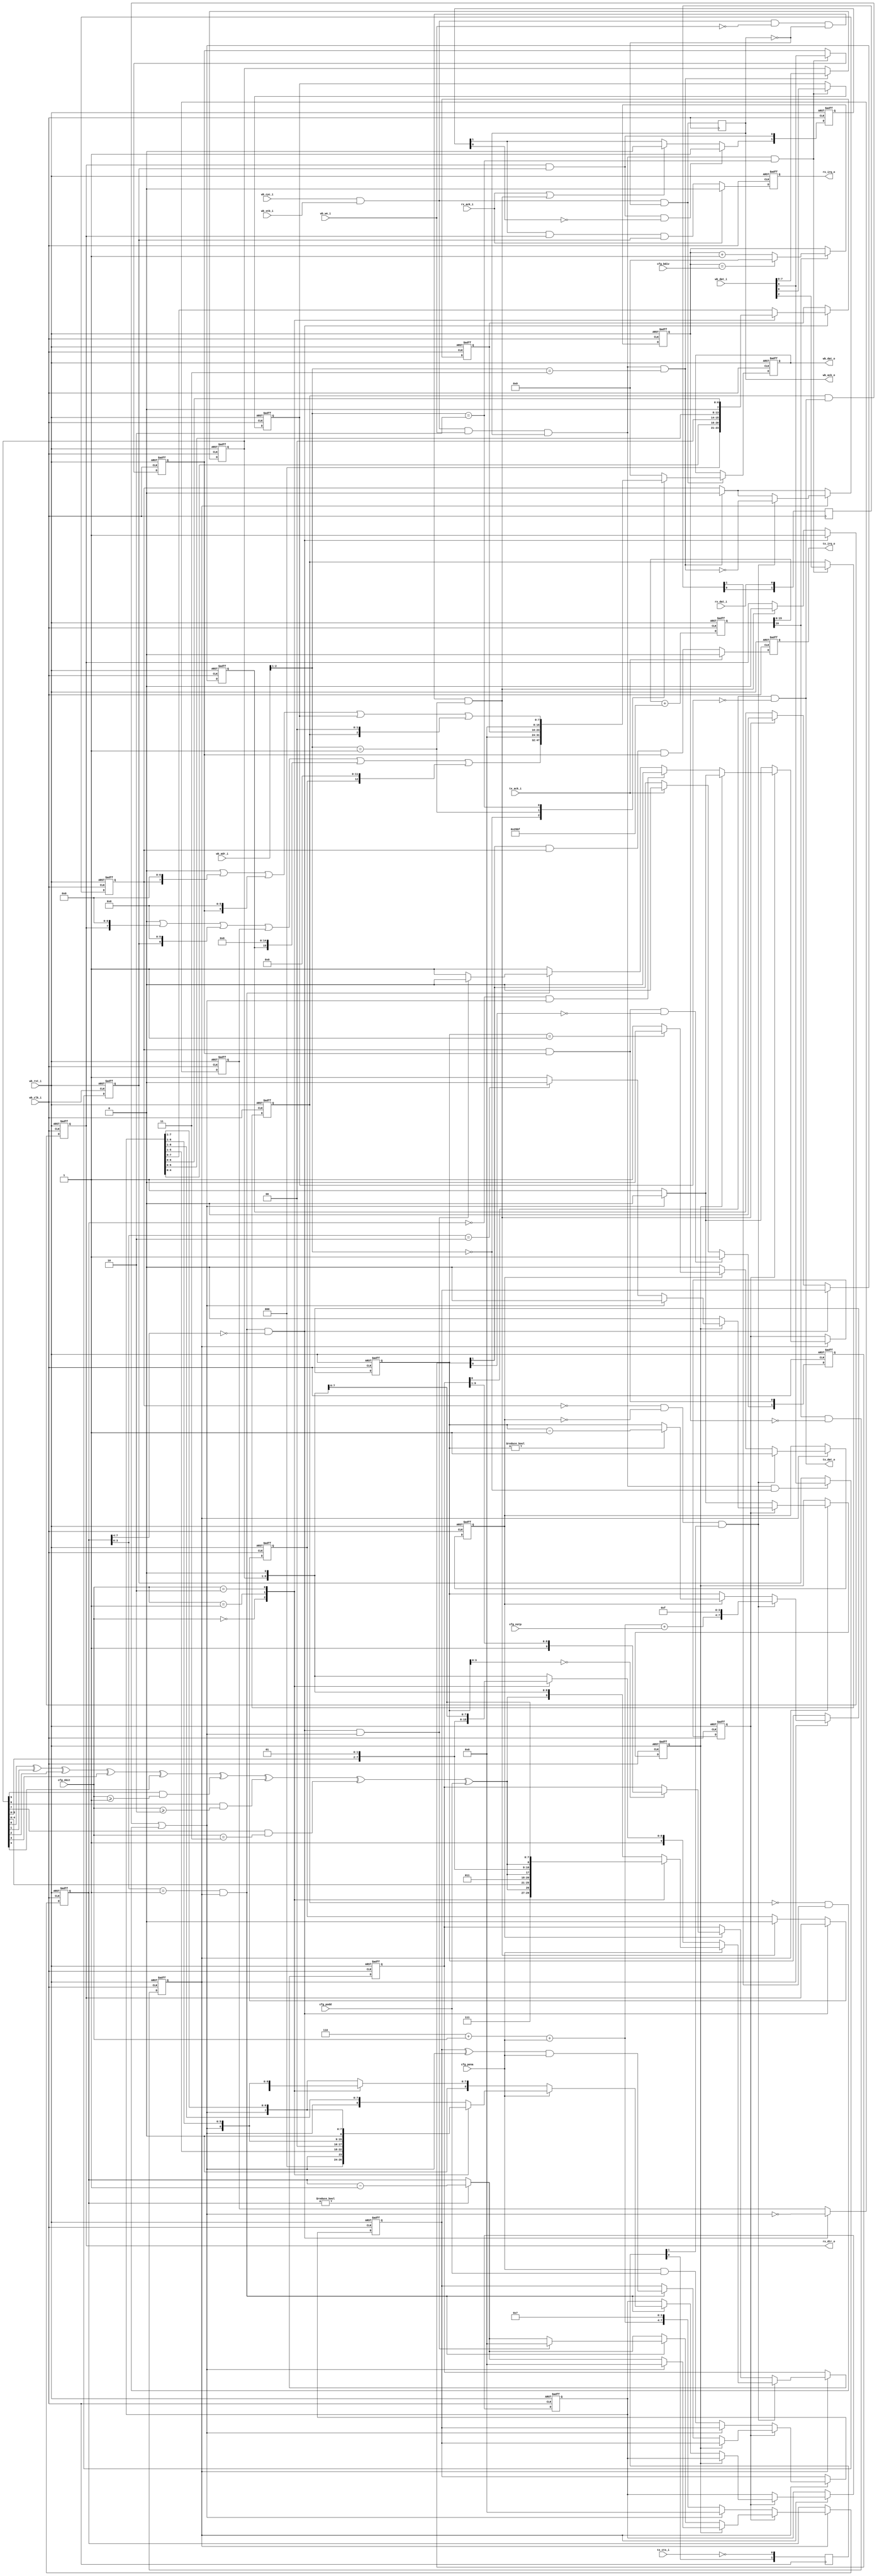
module uart_wb #(parameter REFCLK=100000000)
(
   input                wb_clk_i,   // system clock
   input                wb_rst_i,   // peripheral reset
                                    //
   input  [2:0]         wb_adr_i,   //
   input  [15:0]        wb_dat_i,   //
   output reg [15:0]    wb_dat_o,   //
   input                wb_cyc_i,   //
   input                wb_we_i,    //
   input                wb_stb_i,   //
   output reg           wb_ack_o,   //
                                    //
   output               tx_dat_o,   // output serial data (txd))
   input                tx_cts_i,   // enable transmitter (rts)
   input                rx_dat_i,   // input serial data (rxd)
   output               rx_dtr_o,   // receiver ready (cts)
                                    //
   output reg           tx_irq_o,   // tx interrupt request
   input                tx_ack_i,   //
   output reg           rx_irq_o,   // rx interrupt request
   input                rx_ack_i,   //
                                    //
   input [15:0]         cfg_bdiv,   // baudrate divisor: (921600/baud)-1
   input [1:0]          cfg_nbit,   // word length: 00-5, 01-6, 10-7, 11-8 bit
   input                cfg_nstp,   // tx stop bits: 0 - 1 stop, 1 - 2 stop
   input                cfg_pena,   // parity control enable
   input                cfg_podd    // odd parity (complete to odd ones)
);

wire  [63:0]   add_arg;
reg   [16:0]   add_reg;
reg   [15:0]   baud_div;
reg            baud_x16;
wire           baud_ref;
reg   [1:0]    tx_cts_reg;
reg   [1:0]    rx_dat_reg;

reg   [1:0]    tx_irq_edge, rx_irq_edge;
wire           rx_csr_wstb, rx_rbr_rstb;
wire           tx_csr_wstb, tx_thr_wstb;

wire           tx_par;
wire  [15:0]   tx_csr;
reg   [7:0]    tx_thr;
reg   [9:0]    tx_shr;
reg   [7:0]    tx_bcnt;
reg            tx_busy;
reg            tx_csr_ie, tx_csr_flg, tx_csr_tst, tx_csr_brk;

wire           rx_dat;
wire  [15:0]   rx_csr;
reg   [7:0]    rx_rbr;
reg   [8:0]    rx_shr;
reg   [7:0]    rx_bcnt;
reg            rx_csr_ie, rx_csr_flg, rx_csr_perr, rx_csr_ovf, rx_csr_brk;
wire           rx_load, rx_stb;
reg            rx_frame, rx_start, rx_par;

//______________________________________________________________________________
//
// Caution note: the arithmetic expressions should be calculated in 64-bit width
//
assign   add_arg = (64'h0000000000010000 * 921600 * 16)/REFCLK;
assign   baud_ref = add_reg[16];
//
// Phase accumulator to generate 921600 * 16 Hz reference clock strobe
//
always @(posedge wb_clk_i or posedge wb_rst_i)
begin
   if (wb_rst_i)
      add_reg <= 17'h00000;
   else
   begin
      add_reg <= {1'b0, add_reg[15:0]} + add_arg[16:0];
   end
end
//
// Baud rate x16 generator
//
always @(posedge wb_clk_i or posedge wb_rst_i)
begin
   if (wb_rst_i)
   begin
      baud_div <= 16'h0000;
      baud_x16 <= 1'b0;
   end
   else
   begin
      if (baud_ref)
         if (baud_div == cfg_bdiv)
            baud_div <= 16'h0000;
         else
            baud_div <= baud_div + 16'h0001;

      baud_x16 <= baud_ref & (baud_div == 16'h0000);
   end

end

//______________________________________________________________________________
//
assign tx_csr = 16'o000000 | (tx_csr_flg<<7) | (tx_csr_ie<<6) | (tx_csr_brk<<0) | (tx_csr_tst<<2) ;
assign rx_csr = 16'o000000 | (rx_csr_flg<<7) | (rx_csr_ie<<6) | (rx_csr_brk<<0) | (rx_csr_perr<<15) | (rx_csr_ovf<<12);

assign rx_csr_wstb = wb_cyc_i & wb_stb_i &  wb_we_i &  wb_ack_o & (wb_adr_i[2:1] == 2'b00);
assign rx_rbr_rstb = wb_cyc_i & wb_stb_i & ~wb_we_i & ~wb_ack_o & (wb_adr_i[2:1] == 2'b01);
assign tx_csr_wstb = wb_cyc_i & wb_stb_i &  wb_we_i &  wb_ack_o & (wb_adr_i[2:1] == 2'b10);
assign tx_thr_wstb = wb_cyc_i & wb_stb_i &  wb_we_i &  wb_ack_o & (wb_adr_i[2:1] == 2'b11);
//
// Output data multiplexed register
//
always @(posedge wb_clk_i or posedge wb_rst_i)
begin
   if (wb_rst_i)
      wb_dat_o <= 16'h0000;
   else
      if (wb_cyc_i & wb_stb_i & ~wb_ack_o)
         case(wb_adr_i[2:1])
            2'b00:   wb_dat_o <= rx_csr;  // 177560
            2'b01:   wb_dat_o <= rx_rbr;  // 177562
            2'b10:   wb_dat_o <= tx_csr;  // 177564
            default: wb_dat_o <= 16'o000000;
         endcase
end

always @(posedge wb_clk_i)
   wb_ack_o <= wb_cyc_i & wb_stb_i & ~wb_ack_o;

//
// Control register bits
//
always @(posedge wb_clk_i or posedge wb_rst_i)
begin
   if (wb_rst_i)
   begin
      rx_csr_ie  <= 1'b0;
      tx_csr_ie  <= 1'b0;
      tx_csr_tst <= 1'b0;
      tx_csr_brk <= 1'b0;
   end
   else
   begin
      if (rx_csr_wstb)
         rx_csr_ie <= wb_dat_i[6];

      if (tx_csr_wstb)
      begin
         tx_csr_ie  <= wb_dat_i[6];
         tx_csr_tst <= wb_dat_i[2];
         tx_csr_brk <= wb_dat_i[0];
      end
   end
end

//______________________________________________________________________________
//
// Interrupts
//
always @(posedge wb_clk_i or posedge wb_rst_i)
begin
   if (wb_rst_i)
   begin
      rx_irq_edge <= 2'b00;
      tx_irq_edge <= 2'b00;
      tx_irq_o    <= 1'b0;
      rx_irq_o    <= 1'b0;
   end
   else
   begin
      rx_irq_edge[0] <= rx_csr_flg & rx_csr_ie;
      if (rx_csr_flg & rx_csr_ie & ~rx_irq_edge[0])
         rx_irq_edge[1] <= 1'b1;
      else
         if (rx_ack_i | rx_rbr_rstb)
            rx_irq_edge[1] <= 1'b0;

      tx_irq_edge[0] <= tx_csr_flg & tx_csr_ie;
      if (tx_csr_flg & tx_csr_ie & ~tx_irq_edge[0])
         tx_irq_edge[1] <= 1'b1;
      else
         if (tx_ack_i)
            tx_irq_edge[1] <= 1'b0;

      if (rx_ack_i)
         rx_irq_o <= 1'b0;
      else
         rx_irq_o <= rx_irq_edge[1] & rx_csr_flg & rx_csr_ie;

      if (tx_ack_i)
         tx_irq_o <= 1'b0;
      else
         tx_irq_o <= tx_irq_edge[1] & tx_csr_flg & tx_csr_ie;
   end
end

//______________________________________________________________________________
//
// Metastability issues
//
always @(posedge wb_clk_i)
begin
   tx_cts_reg[0] <= ~tx_cts_i;
   tx_cts_reg[1] <= tx_cts_reg[0];

   rx_dat_reg[0] <= rx_dat_i;
   rx_dat_reg[1] <= rx_dat_reg[0];
end

//______________________________________________________________________________
//
// Transmitter unit
//
assign tx_par = tx_thr[0] ^ tx_thr[1] ^ tx_thr[2] ^ tx_thr[3] ^ tx_thr[4]
              ^ (tx_thr[5] & (cfg_nbit >= 2'b01))
              ^ (tx_thr[6] & (cfg_nbit >= 2'b10))
              ^ (tx_thr[7] & (cfg_nbit == 2'b11))
              ^ cfg_podd;
assign tx_dat_o = tx_shr[0] & ~tx_csr_brk;

always @(posedge wb_clk_i or posedge wb_rst_i)
begin
   if (wb_rst_i)
   begin
      tx_csr_flg <= 1'b1;
      tx_shr  <= 10'o1777;
      tx_busy <= 1'b0;
      tx_bcnt <= 8'b00000000;
      tx_thr  <= 8'b00000000;
   end
   else
   begin
      //
      // Transmitter hold register write
      //
      if (tx_thr_wstb)
      begin
         tx_csr_flg <= 1'b0;
         tx_thr <= wb_dat_i[7:0];
      end

      if (baud_x16)
      begin
         //
         // Transmit process
         //
         if (tx_busy)
         begin
            if (tx_bcnt == 8'b00000001)
               tx_busy <= 1'b0;

            if (tx_bcnt != 8'b00000000)
               tx_bcnt <= tx_bcnt - 8'b00000001;

            if (tx_bcnt[3:0] == 4'b0000)
               tx_shr  <= {1'b1, tx_shr[9:1]};
         end

         //
         // Starting new word transmit
         //
         if (~tx_csr_flg & ~tx_busy & tx_cts_reg[1])
         begin
            tx_busy    <= 1'b1;
            tx_csr_flg <= ~tx_thr_wstb;
            tx_bcnt    <= {4'b0110 + {2'b00, cfg_nbit} + {3'b000, cfg_pena} + {3'b000, cfg_nstp}, 4'b1111};

            if (cfg_pena)
               case(cfg_nbit)
                  2'b00:   tx_shr <= {3'b111, tx_par, tx_thr[4:0], 1'b0};
                  2'b01:   tx_shr <= {2'b11,  tx_par, tx_thr[5:0], 1'b0};
                  2'b10:   tx_shr <= {1'b1,   tx_par, tx_thr[6:0], 1'b0};
                  default: tx_shr <= {        tx_par, tx_thr[7:0], 1'b0};
               endcase
            else
               case(cfg_nbit)
                  2'b00:   tx_shr <= {4'b1111, tx_thr[4:0], 1'b0};
                  2'b01:   tx_shr <= {3'b111,  tx_thr[5:0], 1'b0};
                  2'b10:   tx_shr <= {2'b11,   tx_thr[6:0], 1'b0};
                  default: tx_shr <= {1'b1,    tx_thr[7:0], 1'b0};
               endcase
         end
      end
   end
end

//______________________________________________________________________________
//
// Receiver unit
//
assign rx_dtr_o = rx_csr_flg;
assign rx_dat =  tx_csr_tst & tx_dat_o
              | ~tx_csr_tst & rx_dat_reg[1];

assign rx_load = rx_stb & (rx_bcnt[7:4] == 4'b0000);
assign rx_stb  = (rx_bcnt[3:0] == 4'b0001) & baud_x16;

always @(posedge wb_clk_i or posedge wb_rst_i)
begin
   if (wb_rst_i)
   begin
      rx_csr_flg  <= 1'b0;
      rx_csr_perr <= 1'b0;
      rx_csr_ovf  <= 1'b0;
      rx_csr_brk  <= 1'b0;
      rx_frame    <= 1'b0;
      rx_start    <= 1'b0;
      rx_par      <= 1'b0;
      rx_rbr  <= 8'b00000000;
      rx_shr  <= 9'b00000000;
      rx_bcnt <= 8'b00000000;
   end
   else
   begin
      if (rx_load)
      begin
         rx_csr_flg  <= 1'b1;
         case(cfg_nbit)
            2'b00:   rx_rbr <= {3'b000, rx_shr[4:0]};
            2'b01:   rx_rbr <= {2'b00, rx_shr[5:0]};
            2'b10:   rx_rbr <= {1'b0, rx_shr[6:0]};
            default: rx_rbr <= rx_shr[7:0];
         endcase
         rx_csr_perr <= rx_par;
         rx_csr_ovf  <= rx_csr_flg;
         rx_csr_brk  <= ~rx_dat;
      end
      else
         if (rx_rbr_rstb)
         begin
            rx_csr_flg  <= 1'b0;
            rx_csr_perr <= 1'b0;
            rx_csr_ovf  <= 1'b0;
         end

      if (baud_x16)
      begin
         if (~rx_frame)
            //
            // Waiting for start bit
            //
            if (~rx_dat)
            begin
               rx_par   <= cfg_pena & cfg_podd;
               rx_start <= 1'b1;
               rx_frame <= 1'b1;
               rx_bcnt  <= {4'b0110 + {2'b00, cfg_nbit} + {3'b000, cfg_pena}, 4'b0111};
            end
            else
            begin
               rx_start <= 1'b0;
               rx_bcnt  <= 8'b00000000;
            end
         else
         begin
            //
            // Receiving frame
            //
            if (rx_bcnt != 8'b00000000)
               rx_bcnt <= rx_bcnt - 8'b00000001;
            //
            // Start bit monitoring
            //
            if (rx_start)
            begin
               if (rx_dat)
               begin
                  //
                  // Spurrious start bit
                  //
                  rx_start <= 1'b0;
                  rx_frame <= 1'b0;
                  rx_bcnt  <= 8'b00000000;
               end
               else
                  if (rx_bcnt[3:0] == 4'b0010)
                     rx_start <= 1'b0;
            end
            else
            begin
               //
               // Receiving data
               //
               if (rx_stb)
               begin
                  rx_par <= (rx_par ^ rx_dat) & cfg_pena;
                  if (cfg_pena)
                     case(cfg_nbit)
                        2'b00:   rx_shr <= {3'b000, rx_dat, rx_shr[5:1]};
                        2'b01:   rx_shr <= {2'b00, rx_dat, rx_shr[6:1]};
                        2'b10:   rx_shr <= {1'b0, rx_dat, rx_shr[7:1]};
                        default: rx_shr <= {rx_dat, rx_shr[8:1]};
                     endcase
                  else
                     case(cfg_nbit)
                        2'b00:   rx_shr <= {4'b0000, rx_dat, rx_shr[4:1]};
                        2'b01:   rx_shr <= {3'b000, rx_dat, rx_shr[5:1]};
                        2'b10:   rx_shr <= {2'b00, rx_dat, rx_shr[6:1]};
                        default: rx_shr <= {1'b0, rx_dat, rx_shr[7:1]};
                     endcase
                  if (rx_load & rx_dat)
                  begin
                     //
                     // Stop bit detected
                     //
                     rx_frame <= 1'b0;
                     rx_bcnt  <= 8'b00000000;
                  end
               end
               if ((rx_bcnt == 8'b00000000) & rx_dat)
                  rx_frame <= 1'b0;
            end
         end
      end
   end
end
endmodule